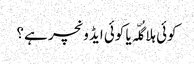
کوئی ہلا گُلّہ یا کوئی ایڈ ونچر ہے ؟